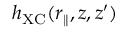
h _ { \mathrm { X C } } ( r _ { \parallel } , z , z ^ { \prime } )